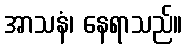
အာသနံ၊ နေရာသည်။